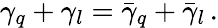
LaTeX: \gamma_{q}+\gamma_{l}=\bar{\gamma}_{q}+\bar{\gamma}_{l}\, .